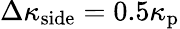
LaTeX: \Delta\kappa_{\mathrm{side}}=0.5\kappa_{\mathrm{p}}